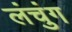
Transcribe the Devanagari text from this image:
लंचुंग